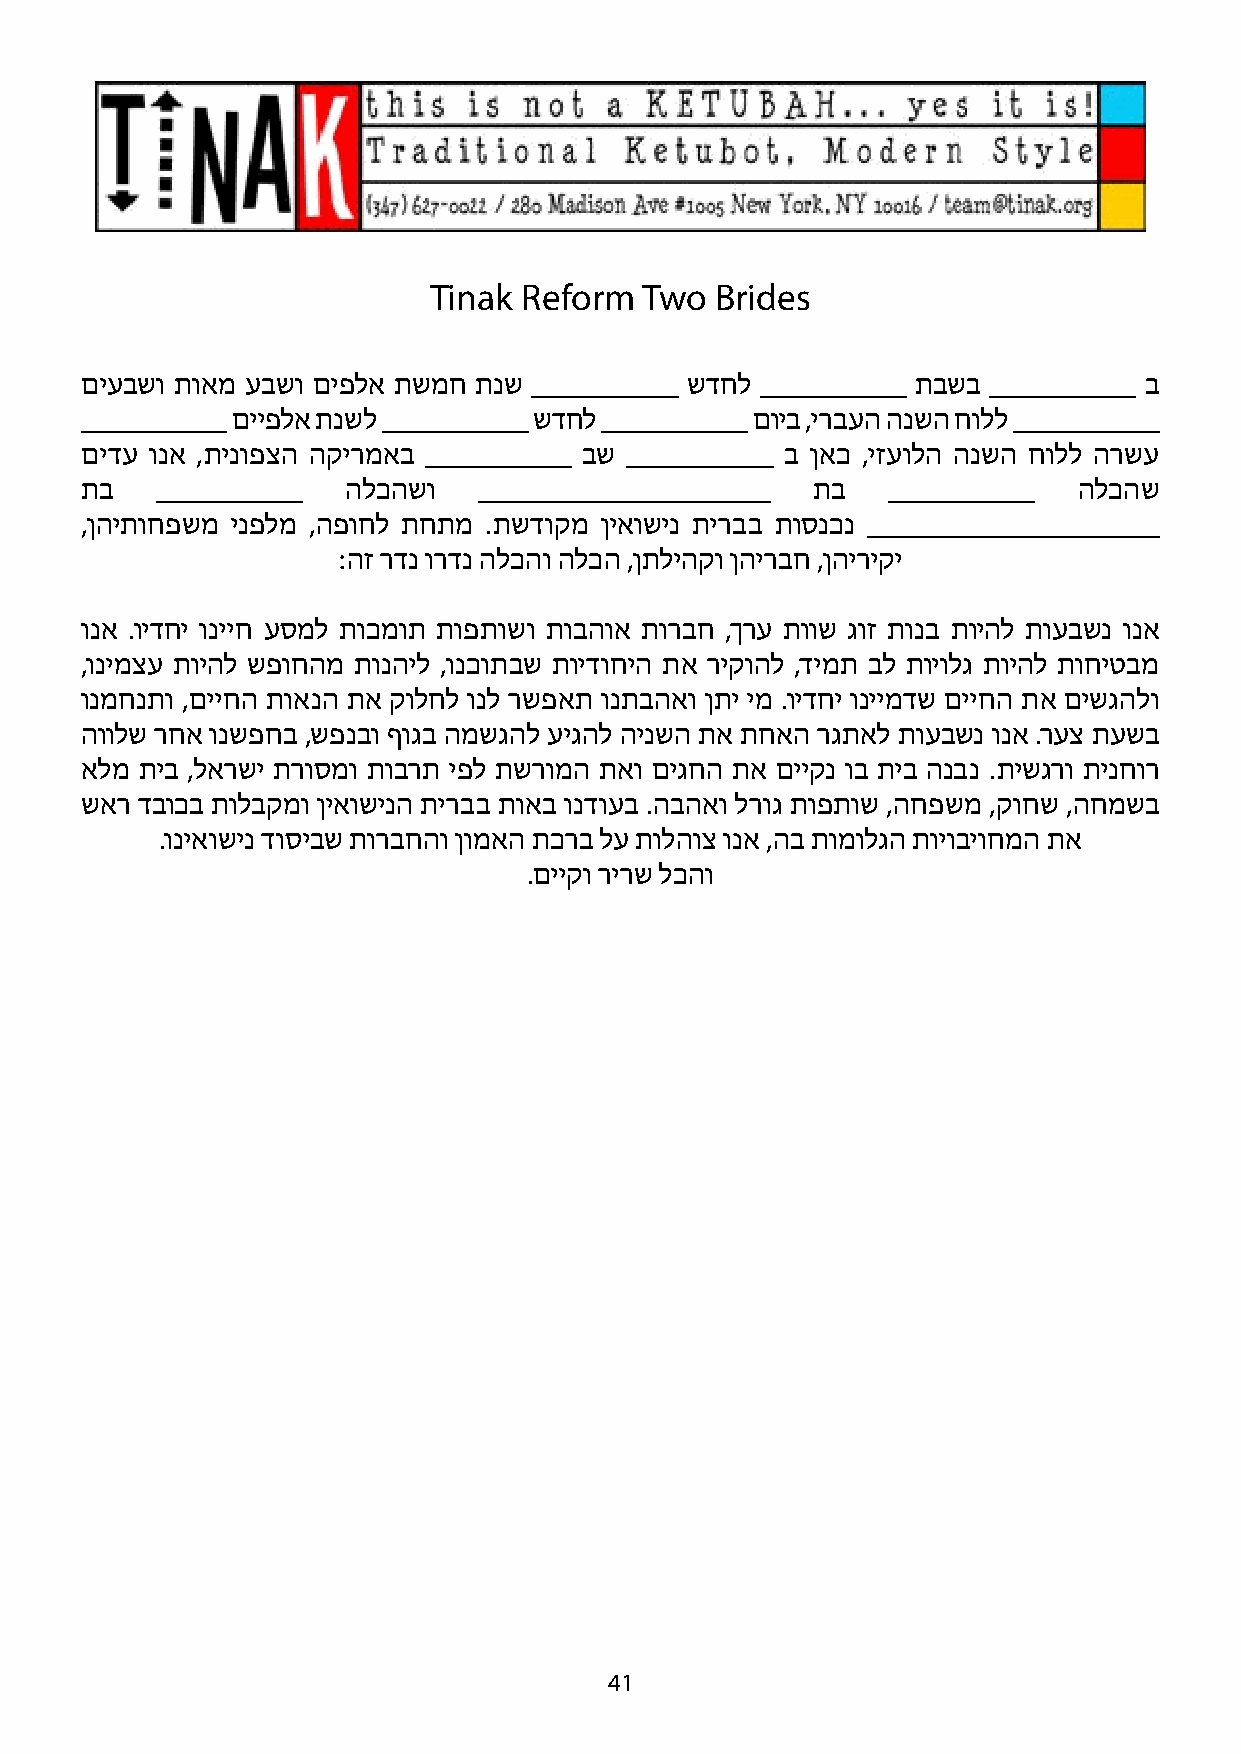
Tinak Reform  Two  Brides
 םיעבשו תואמ עבשו םיפלא תשמח תנש __________ שדחל __________ תבשב __________ ב
 __________ םייפלא תנשל __________ שדחל __________ םויב ,ירבעה הנשה חולל __________
 םידע ונא ,תינופצה הקירמא ב __________ בש __________ ב ןאכ ,יזעולה הנשה חולל הרשע
 תב   __________   הלכהשו   ____________________  תב   __________  הלכהש
 ,ןהיתוחפשמ ינפלמ ,הפוחל תחתמ .תשדוקמ ןיאושינ תירבב תוסנכנ ____________________
 :הז רדנ ורדנ הלכהו הלכה ,ןתליהקו ןהירבח ,ןהיריקי
 ונא .וידחי ונייח עסמל תוכמות תופתושו תובהוא תורבח ,ךרע תווש גוז תונב תויהל תועבשנ ונא
 ,ונימצע תויהל שפוחהמ תונהיל ,ונכותבש תוידוחיה תא ריקוהל ,דימת בל תויולג תויהל תוחיטבמ
 ונמחנתו ,םייחה תואנה תא קולחל ונל רשפאת ונתבהאו ןתי ימ .וידחי וניימדש םייחה תא םישגהלו
 הוולש רחא ונשפחב ,שפנבו ףוגב המשגהל עיגהל הינשה תא תחאה רגתאל תועבשנ ונא .רעצ תעשב
 אלמ תיב ,לארשי תרוסמו תוברת יפל תשרומה תאו םיגחה תא םייקנ וב תיב הנבנ .תישגרו תינחור
 שאר דבוכב תולבקמו ןיאושינה תירבב תואב ונדועב .הבהאו לרוג תופתוש ,החפשמ ,קוחש ,החמשב
 .וניאושינ דוסיבש תורבחהו ןומאה תכרב לע תולהוצ ונא ,הב תומולגה תויוביוחמה תא
 .םייקו רירש לכהו
 41